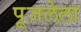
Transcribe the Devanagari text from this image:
पूजलेला